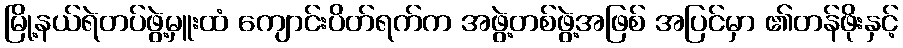
မြို့နယ်ရဲတပ်ဖွဲ့မှူးထံ ကျောင်းပိတ်ရက်က အဖွဲ့တစ်ဖွဲ့အဖြစ် အပြင်မှာ ၏တန်ဖိုးနှင့်